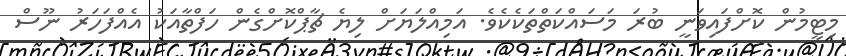
މިޓީމުން ކޮށްފައިވަނީ ބުރަ މަސައްކަތްތަކެކެވެ. އަމިއްލަޔަށް ލިޔެ ޗާޕްކޮށްގެން ހަފްތާއަކު އެއްފަހަރު ނޫސް